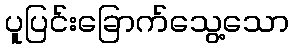
ပူပြင်းခြောက်သွေ့သော